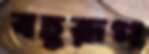
বহুরূপ